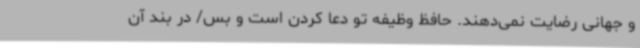
و جهانی رضایت نمی‌دهند. حافظ وظیفه تو دعا کردن است و بس/ در بند آن